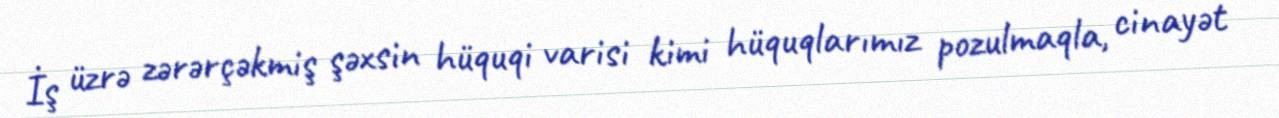
İş üzrə zərərçəkmiş şəxsin hüquqi varisi kimi hüquqlarımız pozulmaqla, cinayət